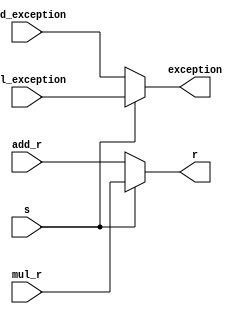
module c_select(s,mul_r,mul_exception,add_r,add_exception,r,exception);

input s;

input [31:0]mul_r,add_r;
input mul_exception,add_exception;

output reg [31:0]r;
output reg exception;

always@(*)

begin

	if(s == 1)
	begin
	r = mul_r;
	exception <= mul_exception;
	end
	else
	begin
	r = add_r;
	exception <= add_exception;
	end

end

endmodule